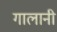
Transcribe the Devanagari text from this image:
गालानी